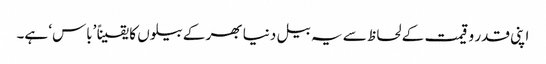
اپنی قدر و قیمت کے لحاظ سے یہ بیل دنیا بھر کے بیلوں کا یقیناً ’باس‘ ہے۔